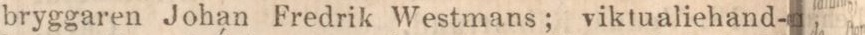
bryggaren Johan Fredrik Westmans; viktualiehand-